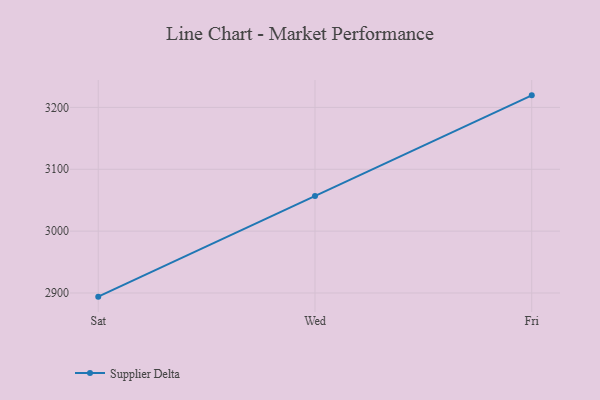
{"axis": {"x": "Day", "y": "LTV (USD)"}, "legend": ["Supplier Delta"], "data": [{"x": "Sat", "y": 2894.1, "type": "Supplier Delta"}, {"x": "Wed", "y": 3057.0, "type": "Supplier Delta"}, {"x": "Fri", "y": 3219.5, "type": "Supplier Delta"}]}